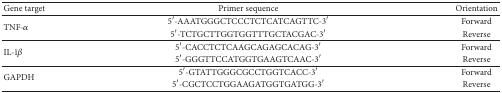
| Gene target | Primer sequence | Orientation |
 | --- | --- | --- |
 | <ROWSPAN=2> TNF-α | 5′-AAATGGGCTCCCTCTCATCAGTTC-3′ | Forward |
 | 5′-TCTGCTTGGTGGTTTGCTACGAC-3′ | Reverse |
 | <ROWSPAN=2> IL-1β | 5′-CACCTCTCAAGCAGAGCACAG-3′ | Forward |
 | 5′-GGGTTCCATGGTGAAGTCAAC-3′ | Reverse |
 | <ROWSPAN=2> GAPDH | 5′-GTATTGGGCGCCTGGTCACC-3′ | Forward |
 | 5′-CGCTCCTGGAAGATGGTGATGG-3′ | Reverse |